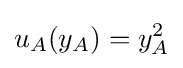
u_{A}(y_{A})=y_{A}^{2}